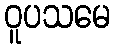
ဝူပသမေ